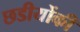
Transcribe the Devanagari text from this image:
छडीयोंकी